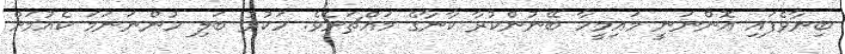
ބިނާވެފައި އޮންނަނީ މައިމީހާ ބޭނުންކުރާ ކާނާގެ މައްޗަށެވެ. ހަކުރު ބަލި ހުންނަނަމަ ކެއުމަށް